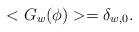
LaTeX: \begin{align*}<G_{w}(\phi)> = \delta_{w,0}. \end{align*}